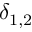
\delta _ { 1 , 2 }